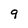
Character: 9